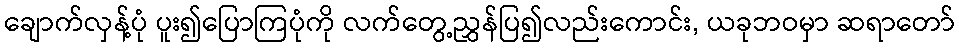
ချောက်လှန့်ပုံ ပူး၍ပြောကြပုံကို လက်တွေ့ညွှန်ပြ၍လည်းကောင်း, ယခုဘဝမှာ ဆရာတော်